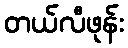
တယ်လီဖုန်း